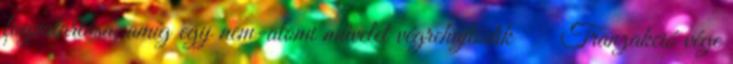
fogvatartása, amíg egy nem-atomi művelet végrehajtódik ● Tranzakció vége